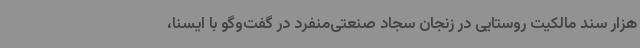
هزار سند مالکیت روستایی در زنجان سجاد صنعتی‌منفرد در گفت‌وگو با ایسنا،